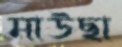
মাউছা